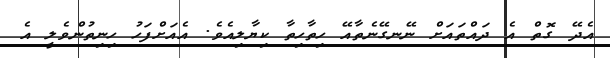
އެދޭ ގޮތް އެ ދައްތައަށް ނޭނގޭނެތާއޭ ހިތާހިތާ ކިޔާލިއެވެ. އެއަށްފަހު ހިނިތުންވެލީ އެ